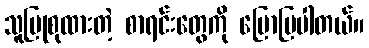
သူပြုစုထားတဲ့ စာရင်းတွေကို ပြောပြပါတယ်။